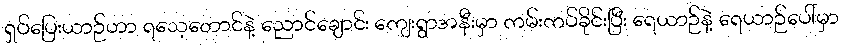
ရှပ်ပြေးယာဉ်ဟာ ရသေ့တောင်နဲ့ ညောင်ချောင်း ကျေးရွာအနီးမှာ ကမ်းကပ်ခိုင်းပြီး ရေယာဉ်နဲ့ ရေယာဉ်ပေါ်မှာ